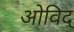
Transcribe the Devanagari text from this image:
ओविद्